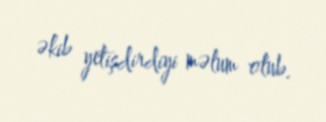
əkib yetişdirdiyi məlum olub.